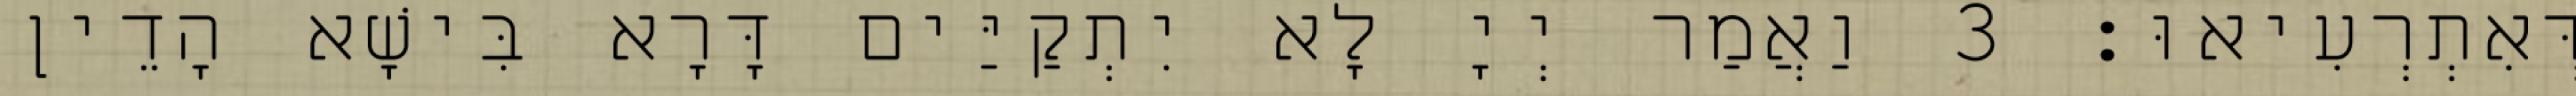
דְּאִתְרְעִיאוּ׃ 3 וַאֲמַר יְיָ לָא יִתְקַיַּים דָּרָא בִּישָׁא הָדֵין